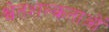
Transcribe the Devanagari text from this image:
श्वेतशल्कताओं